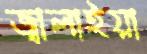
জ্বালাইয়া